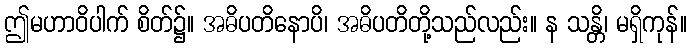
ဤမဟာဝိပါက် စိတ်၌။ အဓိပတိနောပိ၊ အဓိပတိတို့သည်လည်း။ န သန္တိ၊ မရှိကုန်။